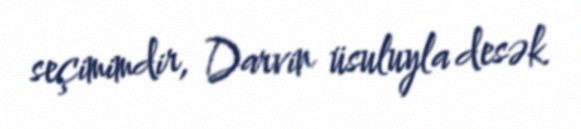
seçimimdir, Darvin üsuluyla desək.